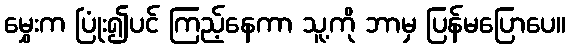
မွှေးက ပြုံး၍ပင် ကြည့်နေကာ သူ့ကို ဘာမှ ပြန်မပြောပေ။